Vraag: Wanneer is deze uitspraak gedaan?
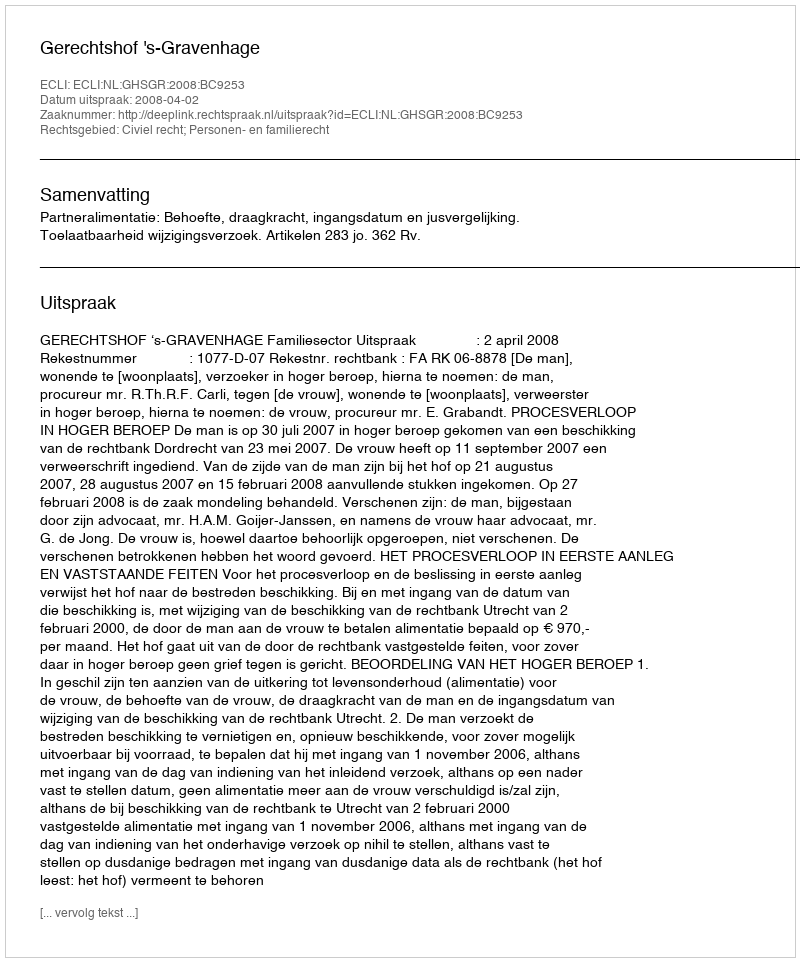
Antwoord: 2008-04-02